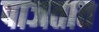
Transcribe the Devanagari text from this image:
पाजतात